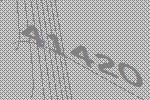
41420